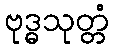
ဗုဒ္ဓသုတ္တံ